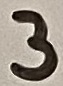
Text: 3